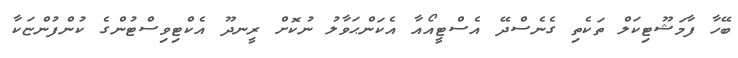
ބޭހާ ފާމަޝޫޓިކަލް ތަކެތި ގެނެސްދޭ އެސްޓީއޯއާ އެކަންޙަވާލު ނުކޮށް ރީނދޫ އެކްޓިވިސްޓުންގެ ކުންފުންޏަކާ